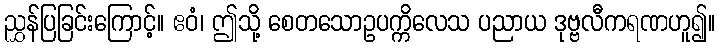
ညွှန်ပြခြင်းကြောင့်။ ဧဝံ၊ ဤသို့ စေတသောဥပက္ကိလေသ ပညာယ ဒုဗ္ဗလီကရဏဟူ၍။